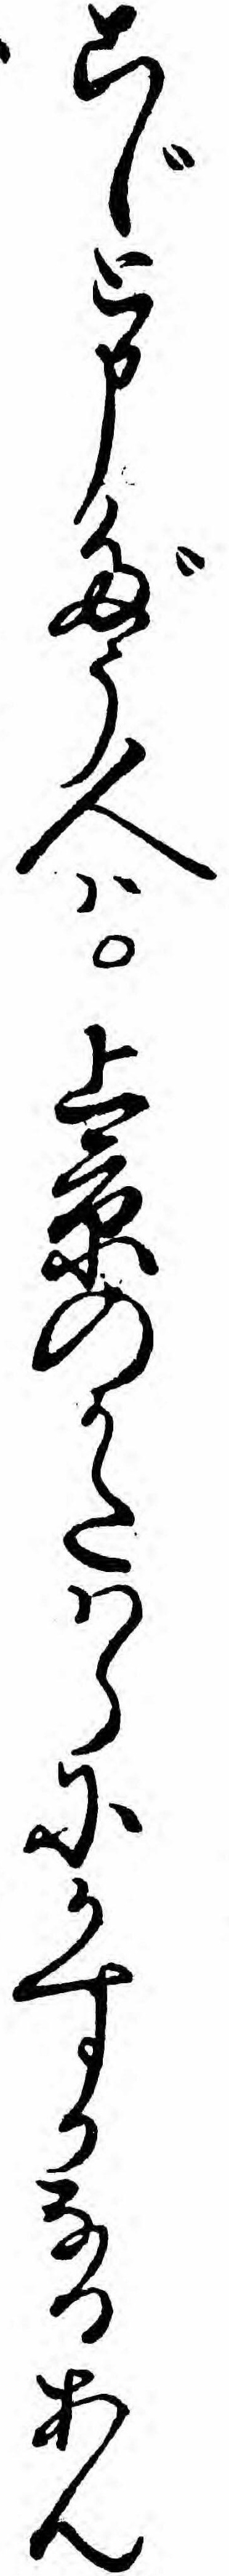
こじと申だう人ハ上京のかたハらにかすかなるあん